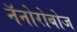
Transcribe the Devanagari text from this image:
नॅनोरोबोज